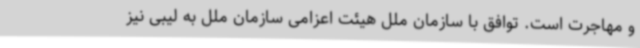
و مهاجرت است. توافق با سازمان ملل هیئت اعزامی سازمان ملل به لیبی نیز